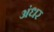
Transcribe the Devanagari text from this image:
अंधर